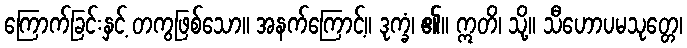
ကြောက်ခြင်းနှင့် တကွဖြစ်သော။ အနက်ကြောင့်။ ဒုက္ခံ၊ ၏။ ဣတိ၊ သို့။ သီဟောပမသုတ္တေ၊